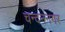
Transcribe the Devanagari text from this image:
चन्दनंनगर